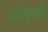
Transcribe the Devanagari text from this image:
ओफुजी